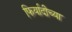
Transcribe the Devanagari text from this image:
फिर्यादीच्या